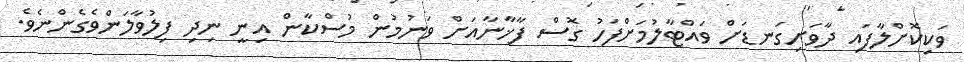
ވަކިކޮށްލާފައި ދާވަށިގަނޑަށް ވައްޓާލުމަށްފަހު ގޮސް ފާޚާނާއަށް ވަނުމުން މުސްކާން އިނީ ނިދި ފިލުވާލަންވެގެންނެވެ.